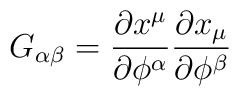
G_{\alpha\beta}= {\partial x^\mu \over \partial \phi^{\alpha}}{\partial x _\mu \over \partial \phi^\beta}